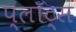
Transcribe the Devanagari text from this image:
प्लॉट्स